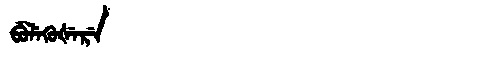
Manchu: ᠪᡠᠯᡝᡴᡠᡧᡝᡵᡝ
Romanization: BULEKUŠERE